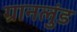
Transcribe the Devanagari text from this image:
ग्रानलुंड